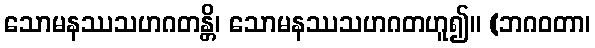
သောမနဿသဟဂတန္တိ၊ သောမနဿသဟဂတဟူ၍။ (ဘဂဝတာ၊